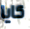
كايا